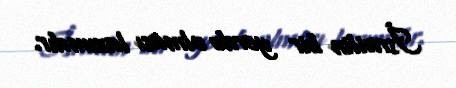
İsrailin bir yerdə olması lazımdır.